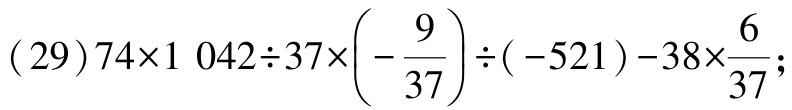
\((29)74\times1\ 042\div37\times\left(-\frac{9}{37}\right)\div(-521)-38\times\frac{6}{37};\)